Vaccination in Bombay 1869-1873 - 1869-1873
Year: 1869
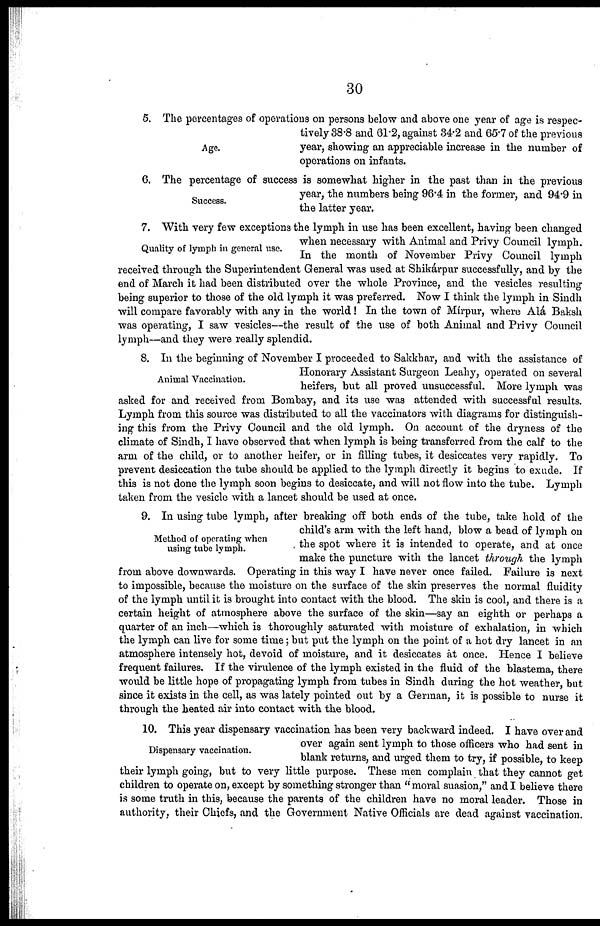
30
Age.
5. The percentages of operations on persons below and above one year of age is respec-
tively 38.8 and 61.2, against 34.2 and 65.7 of the previous
year, showing an appreciable increase in the number of
operations on infants.
Success.
6. The percentage of success is somewhat higher in the past than in the previous
year, the numbers being 96.4 in the former, and 94.9 in
the latter year.
Quality of lymph in general use.
7. With very few exceptions the lymph in use has been excellent, having been changed
when necessary with Animal and Privy Council lymph.
In the month of November Privy Council lymph
received through the Superintendent General was used at Shikárpur successfully, and by the
end of March it had been distributed over the whole Province, and the vesicles resulting
being superior to those of the old lymph it was preferred. Now I think the lymph in Sindh
will compare favorably with any in the world! In the town of Mírpur, where Alá Baksh
was operating, I saw vesicles—the result of the use of both Animal and Privy Council
lymph—and they were really splendid.
Animal Vaccination.
8. In the beginning of November I proceeded to Sakkhar, and with the assistance of
Honorary Assistant Surgeon Leahy, operated on several
heifers, but all proved unsuccessful. More lymph was
asked for and received from Bombay, and its use was attended with successful results.
Lymph from this source was distributed to all the vaccinators with diagrams for distinguish-
ing this from the Privy Council and the old lymph. On account of the dryness of the
climate of Sindh, I have observed that when lymph is being transferred from the calf to the
arm of the child, or to another heifer, or in filling tubes, it desiccates very rapidly. To
prevent desiccation the tube should be applied to the lymph directly it begins to exude. If
this is not done the lymph soon begins to desiccate, and will not flow into the tube. Lymph
taken from the vesicle with a lancet should be used at once.
Method of operating when
using tube lymph.
9. In using tube lymph, after breaking off both ends of the tube, take hold of the
child's arm with the left hand, blow a bead of lymph on
. the spot where it is intended to operate, and at once
make the puncture with the lancet through the lymph
from above downwards. Operating in this way I have never once failed. Failure is next
to impossible, because the moisture on the surface of the skin preserves the normal fluidity
of the lymph until it is brought into contact with the blood. The skin is cool, and there is a
certain height of atmosphere above the surface of the skin—say an eighth or perhaps a
quarter of an inch—which is thoroughly saturated with moisture of exhalation, in which
the lymph can live for some time; but put the lymph on the point of a hot dry lancet in an
atmosphere intensely hot, devoid of moisture, and it desiccates at once. Hence I believe
frequent failures. If the virulence of the lymph existed in the fluid of the blastema, there
would be little hope of propagating lymph from tubes in Sindh during the hot weather, but
since it exists in the cell, as was lately pointed out by a German, it is possible to nurse it
through the heated air into contact with the blood.
Dispensary vaccination.
10. This year dispensary vaccination has been very backward indeed. I have over and
over again sent lymph to those officers who had sent in
blank returns, and urged them to try, if possible, to keep
their lymph going, but to very little purpose. These men complain that they cannot get
children to operate on, except by something stronger than "moral suasion," and I believe there
is some truth in this, because the parents of the children have no moral leader. Those in
authority, their Chiefs, and the Government Native Officials are dead against vaccination.